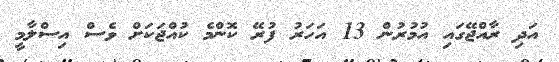
އަދި ރާއްޖޭގައި އުމުރުން 13 އަހަރު ފުރޭ ކޮންމެ ކުއްޖަކަށް ވެސް އިސްލާމީ